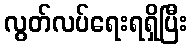
လွတ်လပ်ရေးရရှိပြီး